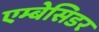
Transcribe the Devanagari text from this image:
एम्बेसिडर